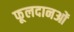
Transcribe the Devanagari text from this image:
फूलदानओं